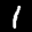
Label: 1